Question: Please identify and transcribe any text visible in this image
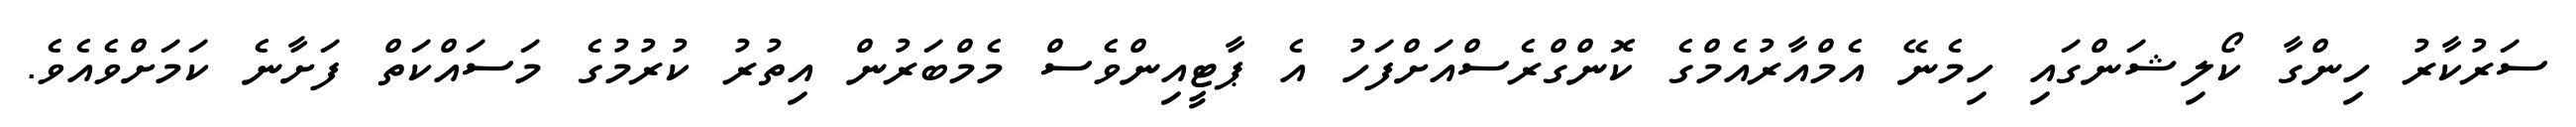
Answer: ސަރުކާރު ހިންގާ ކޯލިޝަންގައި ހިމެނޭ އެމްއާރުއެމްގެ ކޮންގްރެސްއަށްފަހު އެ ޕާޓީއިންވެސް މެމްބަރުން އިތުރު ކުރުމުގެ މަސައްކަތް ފަށާނެ ކަމަށްވެއެވެ.